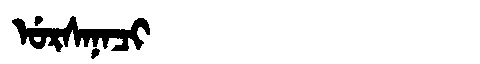
Manchu: ᡠᡵᠰᠠᠨᠠᠴᡳ
Romanization: URSANACI